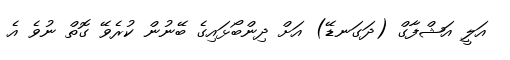
އަލީ އަޝްފާގް (ދަގަނޑޭ) އަށް ދިންބޯޅައިގެ ބޭނުން ކުރެވޭ ގޮތް ނުވެ އެ